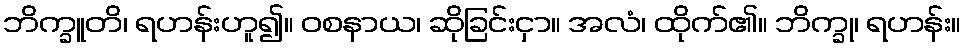
ဘိက္ခူတိ၊ ရဟန်းဟူ၍။ ဝစနာယ၊ ဆိုခြင်းငှာ။ အလံ၊ ထိုက်၏။ ဘိက္ခု၊ ရဟန်း။